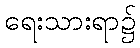
ရေးသားရာ၌